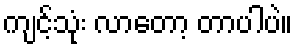
ကျင့်သုံး လာတော့ တာပါပဲ။